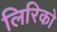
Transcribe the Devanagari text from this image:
लिरिको